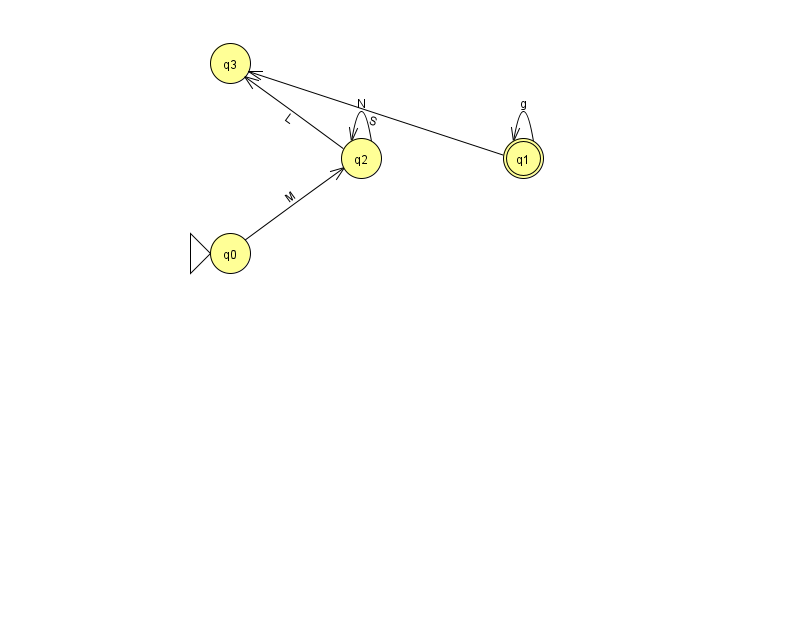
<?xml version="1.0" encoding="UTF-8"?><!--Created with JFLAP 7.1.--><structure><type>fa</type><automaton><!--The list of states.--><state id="0" name="q0"><x>230.0</x><y>240.0</y><initial/></state><state id="1" name="q1"><x>523.0</x><y>145.0</y><final/></state><state id="2" name="q2"><x>361.0</x><y>145.0</y></state><state id="3" name="q3"><x>230.0</x><y>50.0</y></state><!--The list of transitions.--><transition><from>1</from><to>3</to><read>S</read></transition><transition><from>0</from><to>2</to><read>M</read></transition><transition><from>1</from><to>1</to><read>g</read></transition><transition><from>2</from><to>3</to><read>L</read></transition><transition><from>2</from><to>2</to><read>N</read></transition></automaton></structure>